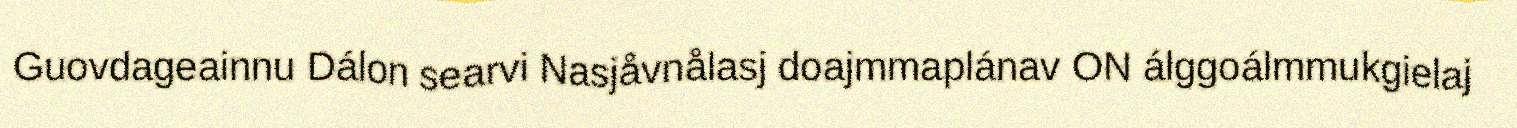
Guovdageainnu Dálon searvi Nasjåvnålasj doajmmaplánav ON álggoálmmukgielaj